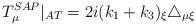
LaTeX: \begin{align*}T_{\mu }^{SAP}|_{AT}=2i(k_{1}+k_{3})_{\xi }\triangle _{\mu \xi }\end{align*}